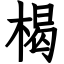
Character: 楬